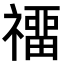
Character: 𥛽